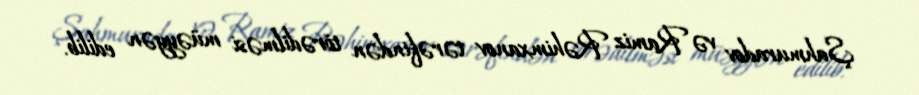
Şahmuradov və Ramiz Rəhimxanov tərəfindən törədilməsi müəyyən edilib.